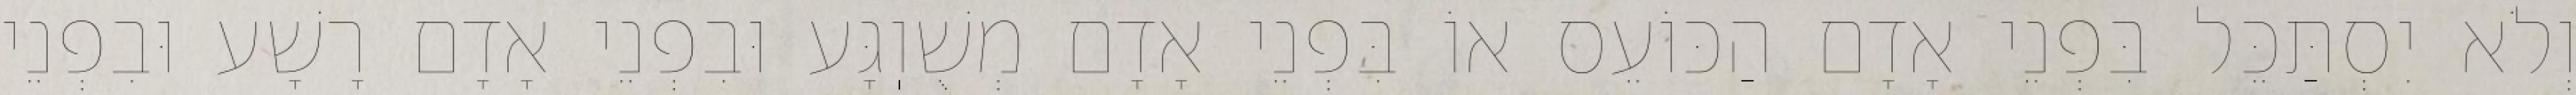
וְלֹא יִסְתַּכֵּל בִּפְנֵי אָדָם הַכּוֹעֵס אוֹ בִּפְנֵי אָדָם מְשֻׁוֽגָּע וּבִפְנֵי אָדָם רָשָׁע וּבִפְנֵי